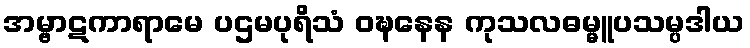
အမ္ဗာဋကာရာမေ ပဌမပုရိသံ ဝဍ္ဎနေန ကုသလဓမ္မူပသမ္ပဒါယ